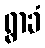
ရွာခံ